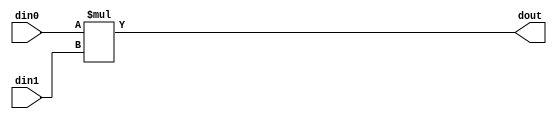
// 67d7842dbbe25473c3c32b93c0da8047785f30d78e8a024de1b57352245f9689

`timescale 1 ns / 1 ps

  module top_tx_mul_3ns_12ns_13_1_1(din0, din1, dout);
parameter ID = 1;
parameter NUM_STAGE = 0;
parameter din0_WIDTH = 14;
parameter din1_WIDTH = 12;
parameter dout_WIDTH = 26;

input [din0_WIDTH - 1 : 0] din0; 
input [din1_WIDTH - 1 : 0] din1; 
output [dout_WIDTH - 1 : 0] dout;

wire signed [dout_WIDTH - 1 : 0] tmp_product;










assign tmp_product = $signed({1'b0, din0}) * $signed({1'b0, din1});











assign dout = tmp_product;







endmodule